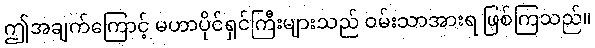
ဤအချက်ကြောင့် မဟာပိုင်ရှင်ကြီးများသည် ဝမ်းသာအားရ ဖြစ်ကြသည်။